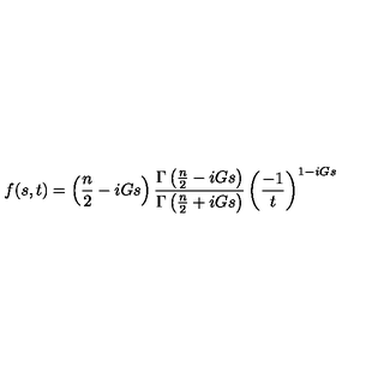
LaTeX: f ( s , t ) = \left( \frac { n } { 2 } - i G s \right) \frac { \Gamma \left( \frac { n } { 2 } - i G s \right) } { \Gamma \left( \frac { n } { 2 } + i G s \right) } \left( \frac { - 1 } { t } \right) ^ { 1 - i G s }